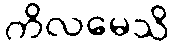
ကိလမေသိ